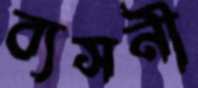
ব্যসনী